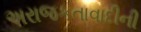
અરાજકતાવાદીની